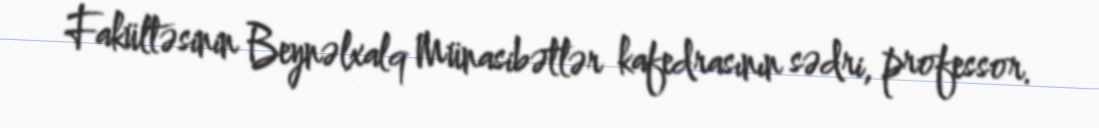
Fakültəsinin Beynəlxalq Münasibətlər kafedrasının sədri, professor.